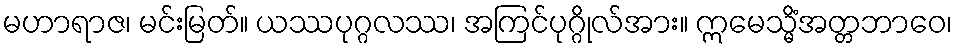
မဟာရာဇ၊ မင်းမြတ်။ ယဿပုဂ္ဂလဿ၊ အကြင်ပုဂ္ဂိုလ်အား။ ဣမေသ္မိံအတ္တဘာဝေ၊